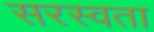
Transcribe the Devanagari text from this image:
सरस्वता